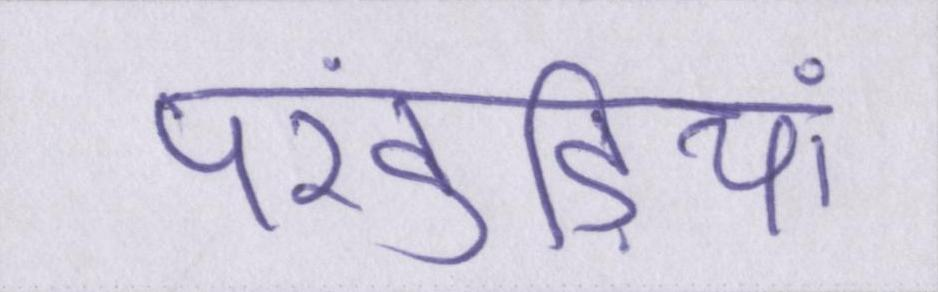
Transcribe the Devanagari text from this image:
पंखुड़ियां